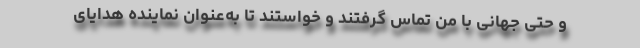
و حتی جهانی با من تماس گرفتند و خواستند تا به‌عنوان نماینده هدایای